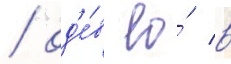
/ од'е́в ео́ в